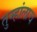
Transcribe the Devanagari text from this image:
तुम्हांलाच